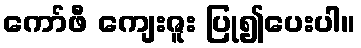
ကော်ဖီ ကျေးဇူး ပြု၍ပေးပါ။